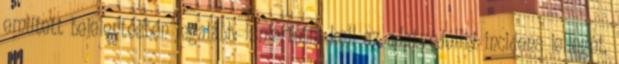
említett bejelentésben legalább: ismertetni kell az adatvédelmi incidens jellegét,